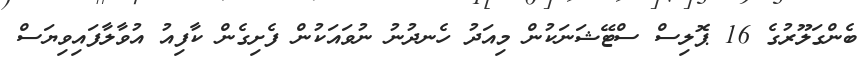
ބެންގަލޫރުގެ 16 ޕޮލިސް ސްޓޭޝަނަކުން މިއަދު ހެނދުނު ނުވައަކުން ފެށިގެން ކާފިއު އުވާލާފައިވިޔަސް